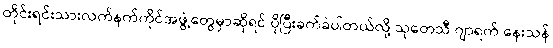
တိုင်းရင်းသားလက်နက်ကိုင်အဖွဲ့တွေမှာဆိုရင် ပိုပြီးခက်ခဲပါတယ်လို့ သုတေသီ ဂျာရက် နေးသန်